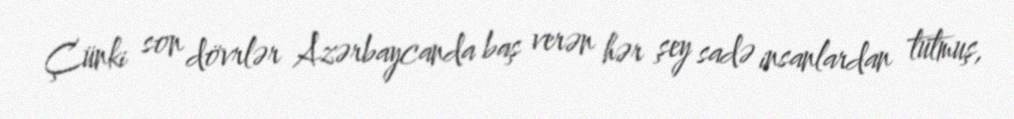
Çünki son dövrlər Azərbaycanda baş verən hər şey sadə insanlardan tutmuş,